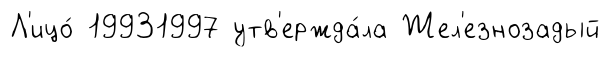
Л'ицо́ 19931997 утв'ержда́ла Жел'езнозадый